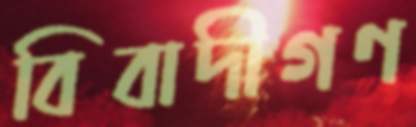
বিবাদীগণ